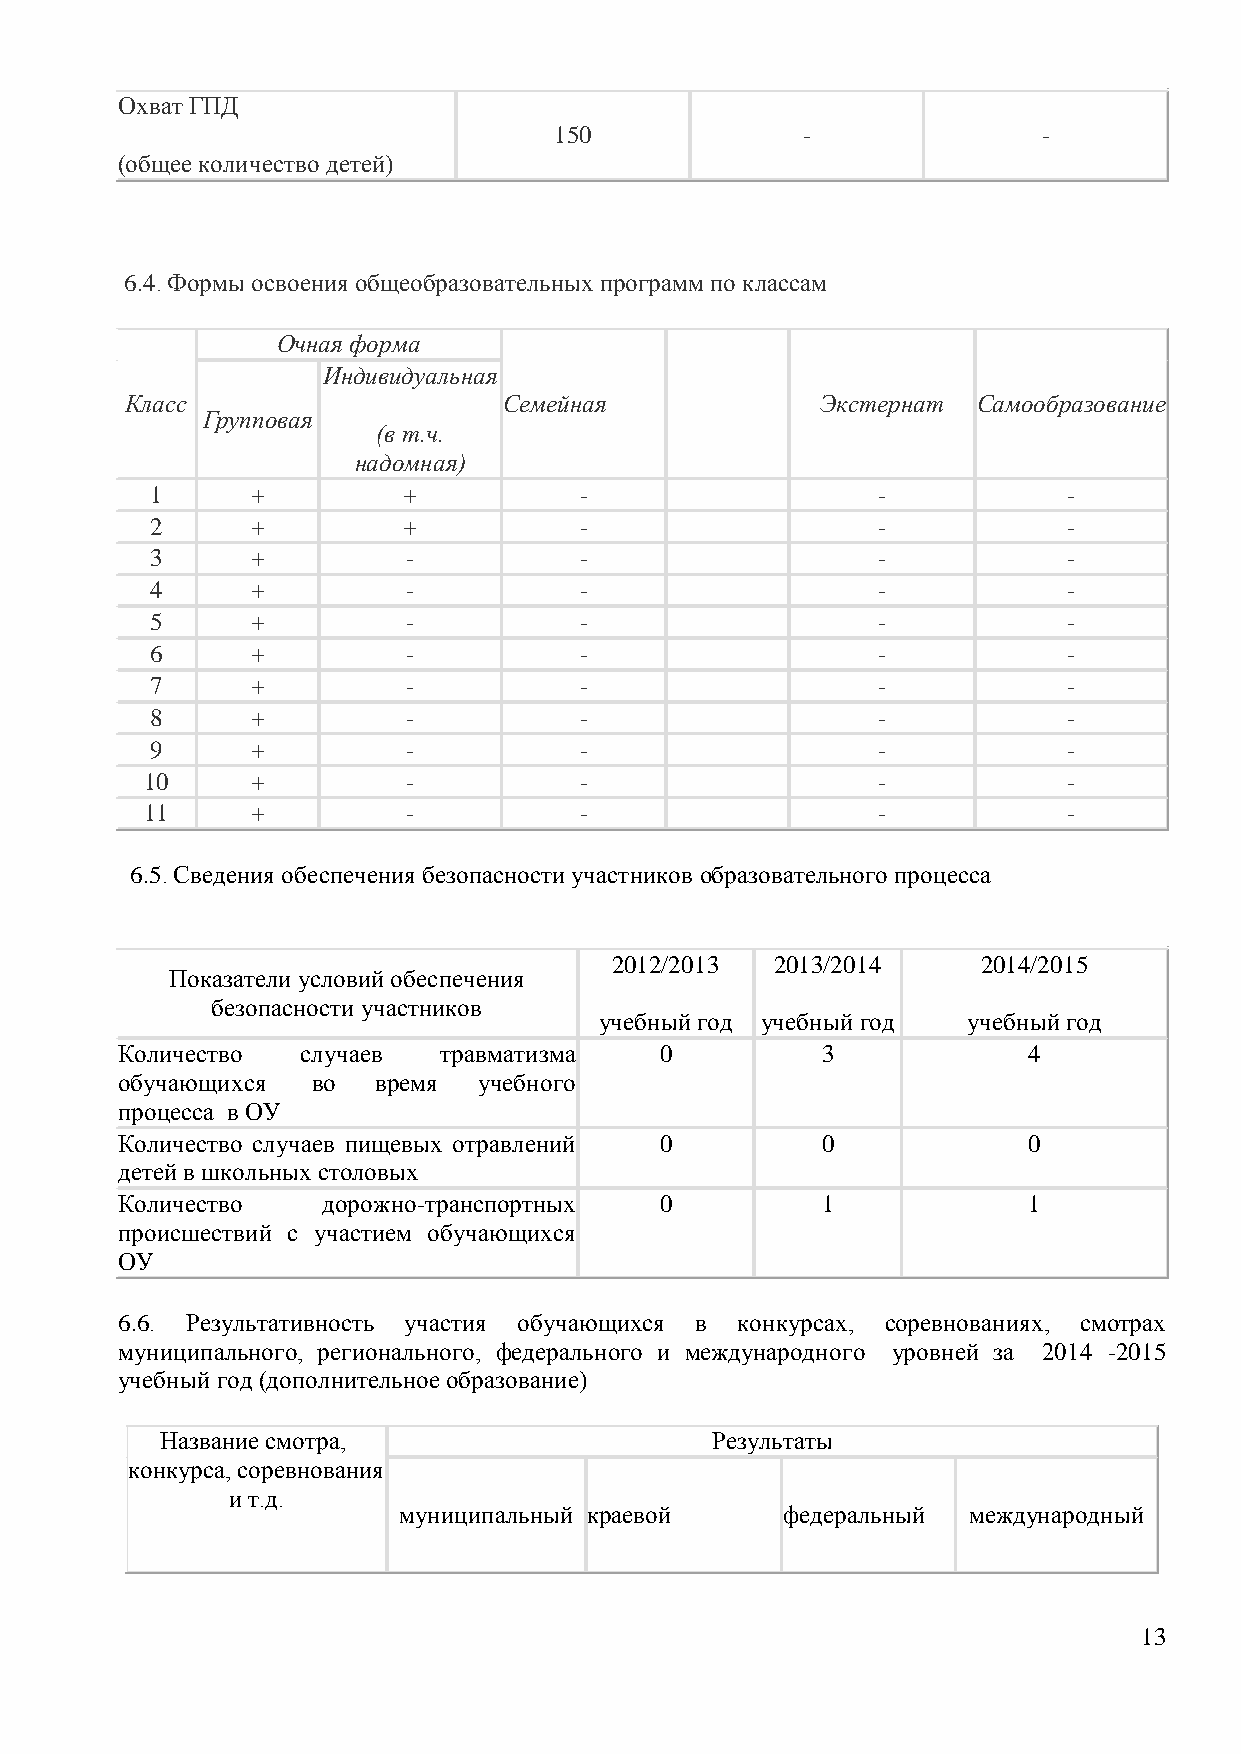
Охват ГПД
 150             -               -
 (общее количество детей)
 6.4. Формы освоения общеобразовательных программ по классам
 Очная форма
 Индивидуальная
 Класс                    Семейная             Экстернат  Самообразование
 Групповая
 (в т.ч.
 надомная)
 1      +         +          -                   -            -
 2      +         +          -                   -            -
 3      +         -          -                   -            -
 4      +         -          -                   -            -
 5      +         -          -                   -            -
 6      +         -          -                   -            -
 7      +         -          -                   -            -
 8      +         -          -                   -            -
 9      +         -          -                   -            -
 10     +         -          -                   -            -
 11     +         -          -                   -            -
 6.5. Сведения обеспечения безопасности участников образовательного процесса
 2012/2013 2013/2014     2014/2015
 Показатели условий обеспечения
 безопасности участников
 учебный год учебный год учебный год
 Количество  случаев  травматизма    0         3             4
 обучающихся  во  время  учебного
 процесса в ОУ
 Количество случаев пищевых отравлений 0       0             0
 детей в школьных столовых
 Количество   дорожно-транспортных   0         1             1
 происшествий с участием обучающихся
 ОУ
 6.6. Результативность участия обучающихся в конкурсах, соревнованиях, смотрах
 муниципального, регионального, федерального и международного уровней за 2014 -2015
 учебный год (дополнительное образование)
 Название смотра,                    Результаты
 конкурса, соревнования
 и т.д.
 муниципальный краевой     федеральный международный
 13